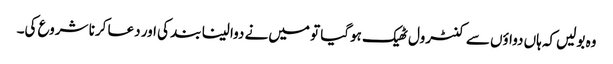
وہ بولیں‌کہ ہاں دواؤں سے کنٹرول ٹھیک ہوگیا تو میں‌نے دوا لینا بند کی اور دعا کرنا شروع کی۔